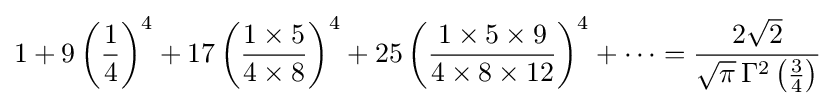
1+9\left({\frac {1}{4}}\right)^{4}+17\left({\frac {1\times 5}{4\times 8}}\right)^{4}+25\left({\frac {1\times 5\times 9}{4\times 8\times 12}}\right)^{4}+\cdots ={\frac {2{\sqrt {2}}}{{\sqrt {\pi }}\,\Gamma ^{2}\left({\frac {3}{4}}\right)}}